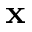
{ \bf x }